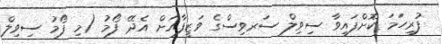
ފުރިހަމަ ކޮށްފައިވާ ސިވިލް ސަރވިސްގެ ވަޒީފާއަށް އެދޭ ފޯމު (މި ފޯމު ސިވިލް